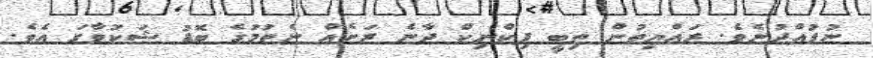
ނުފުއްދުނެވެ. ރައްޔިތުން ތިބީ ޕިކްނިކް ދާނެ ރަށެއް ނެތުމުގެ ބޮޑު ޝަކުވާގަ އެވެ.